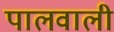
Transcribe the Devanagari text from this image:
पालवाली